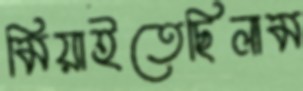
মিয়াইতেছিলাম